Report on vaccination in Madras 1922-1929 - 1922-1929
Year: 1922
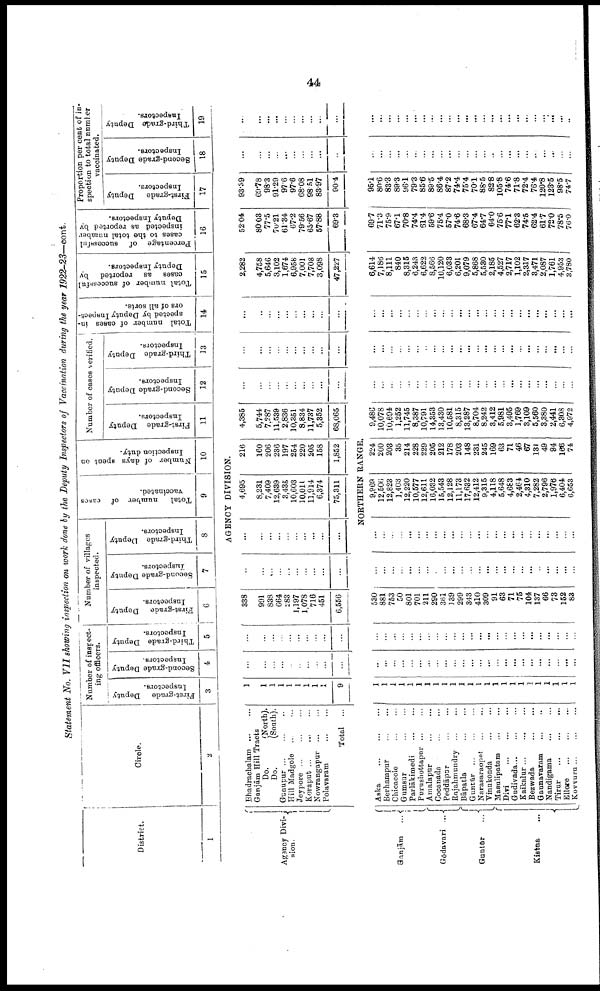
44
Statement No. VII showing inspection on work done by the Deputy Inspectors of Vaccination during the year 1922-23—cont.
District.
1
Circle.
2
Number of inspect
ing officers.
First-grade Deputy
Inspectors.
3
Second-grade Deputy
Inspectors.
4
Third-grade Deputy
Inspectors.
5
Number of villages
inspected.
First-grade Deputy
Inspectors.
6
Second-grade Deputy
Inspectors.
7
Third-grade Deputy
Inspectors.
8
Total
number of cases
vaccinated.
9
Number of days spent on
Inspection duty.
10
Number of cases verified.
First-grade Deputy
Inspectors.
11
Second-grade Deputy
Inspectors.
12
Third-grade Deputy
Inspectors.
13
Total number of cases in
spected by Deputy Inspect
ors of all sorts.
14
Total number of successful
cases as reported by
Deputy Inspectors.
15
Percentage of successful
cases to the total number
inspected as reported by
Deputy Inspectors.
16
Proportion per cent of in
spection to total number
vaccinated.
First-grade
Deputy
Inspectors.
17
Second-grade Deputy
Inspectors.
18
T hird-grade Deputy
Inspectors.
19
AGENCY DIVISION.
Agency Divi¬
sion.
Bhadrachalam ... ...
Ganjām Hill Tracts
Do.
(North).
Do.
(South).
Gunupur ... ... ...
Hill Madgole
...
...
Jeypore ... ... ...
Koraput ... ... ...
Nowrangapur ... ...
Polavaram ... ...
Total
1
1
1
1
1
1
1
1
1
9
...
...
...
...
...
...
...
...
...
...
...
...
...
...
...
...
...
...
...
...
338
991
838
664
283
1,197
1,078
716
451
6,556
...
...
...
...
...
...
...
...
...
...
...
...
...
...
...
...
...
...
...
...
4,695
8,231
7,409
12,639
3,435
10,603
10,011
11,914
6,374
75,311
216
160
206
236
197
254
220
205
158
1,852
4,385
5,744
7,287
11,539
2,836
10,351
8,834
11,737
5,352
68,065
...
...
...
...
...
...
...
...
...
...
...
...
...
...
...
...
...
...
...
...
...
...
...
...
...
...
...
...
...
...
2,282
4,758
5,646
3,102
1,674
6,958
7,001
7,708
3,098
47,227
52.04
80.03
77.5
70.21
61.34
67.2
79.56
65.67
57.88
69.3
93.39
60.78
98.3
91.29
97.6
97.6
68.08
98.51
83.97
90.4
...
...
...
...
...
...
...
...
...
...
...
...
...
...
...
...
...
...
...
...
NORTHERN RANGE.
Ganjām
...
Gōdavari ...
Guntūr
...
Kistna
...
Aska
...
...
...
Berhampur ... ...
Chicacole
...
...
Gumsur
...
...
Parlākimedi ... ...
Purushottapur ... ...
Amalapur ... ...
Cocanada ... ...
Peddāpur
...
...
Rajahmundry
...
...
Bāpatla ... ...
Guntūr ... ... ...
Narasaraopet ... ...
Vinukonda ... ...
Masulipatam ... ...
Divi ... ... ...
Gudivada... ... ...
Kaikalur... ... ...
Bezwada ... ...
Gannavaram ... ...
Nandigama
...
...
Tirur ... ... ...
Ellore ... ... ...
Kovvuru... ... ...
1
1
1
1
1
1
1
1
1
1
1
1
1
1
1
1
1
1
1
1
1
1
1
1
...
...
...
...
...
...
...
...
...
...
...
...
...
...
...
...
...
...
...
...
...
...
...
...
...
...
...
...
...
...
...
...
...
...
...
...
...
...
...
...
...
...
...
...
...
...
...
...
530
881
753
50
801
701
211
290
361
139
299
343
410
309
91
63
71
75
104
137
66
73
152
83
...
...
...
...
...
...
...
...
...
...
...
...
...
...
...
...
...
...
...
...
...
...
...
...
...
...
...
...
...
...
...
...
...
...
...
...
...
...
...
...
...
...
...
...
...
...
...
...
9,969
12,506
12,823
1,403
12,220
10,577
12,611
16,032
15,543
12,128
11,173
17,632
12,412
9,315
4,118
5,648
4,683
2,464
4,310
7,282
2,796
1,976
6,404
6,653
224
200
203
35
214
228
229
205
212
178
203
148
231
245
169
63
71
46
67
131
49
84
166
74
9,486
10,078
10,694
1,252
11,745
8,387
10,791
14,353
13,430
10,581
8,315
13,287
8,704
8,242
3,412
5,981
3,495
1,769
3,109
5,560
3,380
2,441
6,308
4,972
...
...
...
...
...
...
...
...
...
...
...
...
...
...
...
...
...
...
...
...
...
...
...
...
...
...
...
...
...
...
...
...
...
...
...
...
...
...
...
...
...
...
...
...
...
...
...
...
...
...
...
...
...
...
...
...
...
...
...
...
...
...
...
...
...
...
...
...
...
...
...
...
6,614
7,186
8,111
840
8,315
6,243
6,622
8,566
10,120
6,033
6,201
9,079
5,868
5,530
2,185
4,527
2,717
1,102
2,317
3,471
2,087
1,761
4,953
3,780
69.7
71.3
75.9
67.1
70.8
74.4
61.4
59.6
75.4
57.0
74.6
68.3
67.4
64.7
64.0
75.6
77.1
62.3
74.5
62.4
61.7
72.0
78.5
76.0
95.1
80.6
83.3
89.3
96.1
79.3
85.6
89.5
86.4
87.2
74.4
75.4
70.1
88.5
82.8
105.8
74.6
71.8
72.4
76.4
120.8
123.5
98.5
74.7
...
...
...
...
...
...
...
...
...
...
...
...
...
...
...
...
...
...
...
...
...
...
...
...
...
...
...
...
...
...
...
...
...
...
...
...
...
...
...
...
...
...
...
...
...
...
...
...